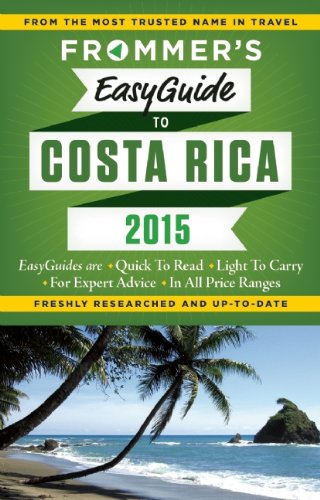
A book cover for Frommer's EasyGuide to Costa Rica 2015 (Easy Guides); Eliot Greenspan; Travel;